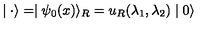
\mid { \bf \cdot } \rangle = \mid \psi _ { 0 } ( x ) \rangle _ { R } = u _ { R } ( \lambda _ { 1 } , \lambda _ { 2 } ) \mid 0 \rangle